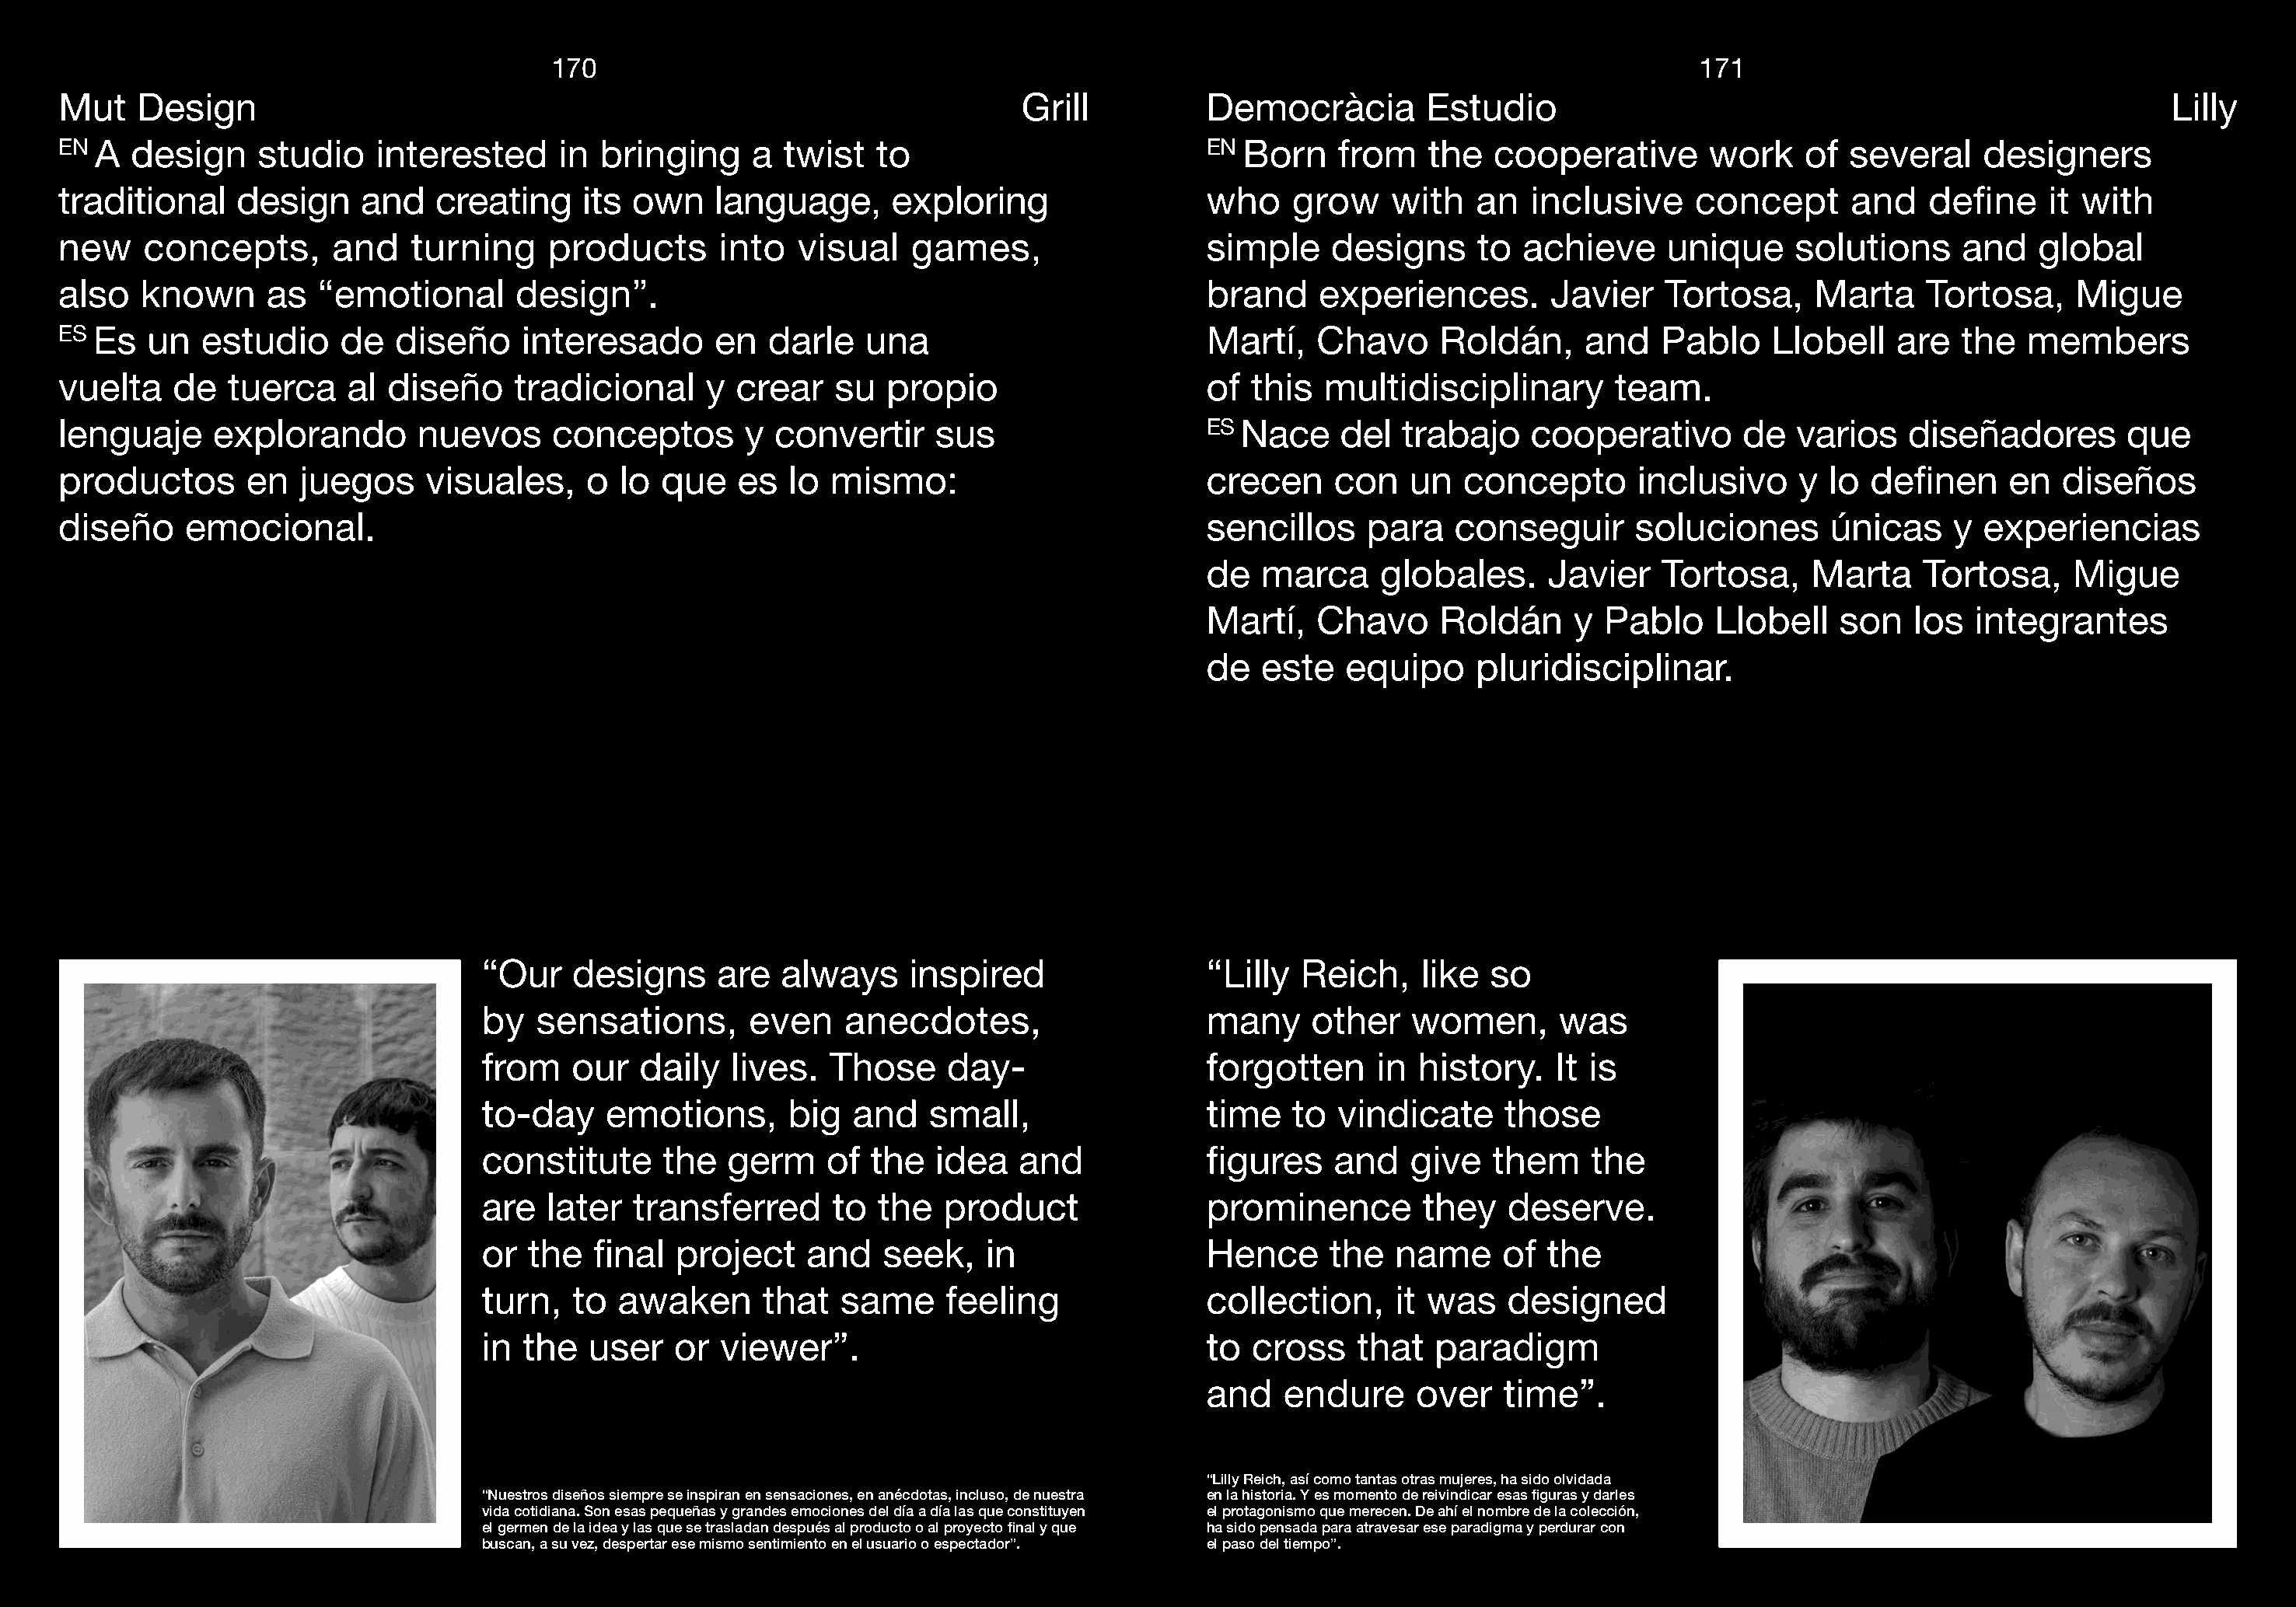
170                                                                                               171
 Mut    Design                                                                     Grill           Democràcia        Estudio                                                         Lilly
 EN A  design     studio    interested      in bringing     a  twist   to                          EN Born    from    the  cooperative       work     of several     designers
 traditional    design     and   creating     its own    language,      exploring                  who    grow    with    an  inclusive     concept       and   define    it with
 new    concepts,       and    turning     products      into   visual    games,                   simple    designs      to  achieve     unique     solutions     and    global
 also   known      as  “emotional       design”.                                                   brand    experiences.        Javier    Tortosa,    Marta     Tortosa,     Migue
 ES Es   un  estudio     de   diseño    interesado       en  darle    una                          Martí,   Chavo      Roldán,     and   Pablo     Llobell   are   the   members
 vuelta    de  tuerca     al diseño     tradicional     y  crear   su  propio                      of  this  multidisciplinary       team.
 lenguaje     explorando        nuevos     conceptos       y  convertir     sus                    ES Nace    del  trabajo    cooperativo       de   varios   diseñadores        que
 productos       en   juegos    visuales,     o  lo que    es  lo  mismo:                          crecen     con   un   concepto      inclusivo     y  lo definen     en   diseños
 diseño     emocional.                                                                             sencillos    para    conseguir      soluciones       únicas    y  experiencias
 de  marca     globales.      Javier   Tortosa,     Marta     Tortosa,    Migue
 Martí,   Chavo      Roldán     y  Pablo    Llobell    son   los  integrantes
 de  este    equipo     pluridisciplinar.
 “Our    designs     are  always     inspired                  “Lilly  Reich,    like  so
 by   sensations,       even    anecdotes,                     many     other   women,       was
 from    our  daily   lives.   Those     day-                  forgotten     in  history.   It is
 to-day     emotions,      big   and   small,                  time   to  vindicate     those
 constitute     the   germ    of  the   idea   and             figures    and   give   them    the
 are   later  transferred      to  the  product                prominence        they   deserve.
 or  the   final  project    and   seek,    in                 Hence     the   name     of  the
 turn,   to  awaken      that   same     feeling               collection,     it was   designed
 in  the  user   or  viewer”.                                  to  cross    that  paradigm
 and   endure      over   time”.
 “Lilly Reich, así como tantas otras mujeres, ha sido olvidada
 “Nuestros diseños siempre se inspiran en sensaciones, en anécdotas, incluso, de nuestra en la historia. Y es momento de reivindicar esas figuras y darles
 vida cotidiana. Son esas pequeñas y grandes emociones del día a día las que constituyen el protagonismo que merecen. De ahí el nombre de la colección,
 el germen de la idea y las que se trasladan después al producto o al proyecto final y que ha sido pensada para atravesar ese paradigma y perdurar con
 buscan, a su vez, despertar ese mismo sentimiento en el usuario o espectador”. el paso del tiempo”.